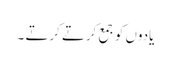
یادوں کو جمع کرتے کرتے ۔